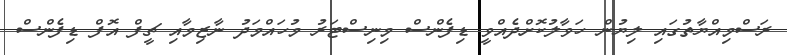
ރަސްމިއްޔާތުގައި ލިޔުން ހަވާލުކޮށްދެއްވީ ޑިފެންސް މިނިސްޓަރު މުހައްމަދު ނާޒިމާއި ޗީފް އޮފް ޑިފެންސް